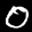
Label: 0